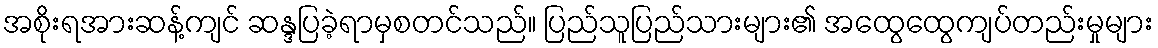
အစိုးရအားဆန့်ကျင် ဆန္ဒပြခဲ့ရာမှစတင်သည်။ ပြည်သူပြည်သားများ၏ အထွေထွေကျပ်တည်းမှုများ